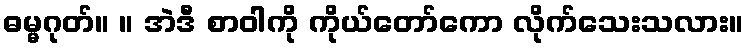
ဓမ္မဂုတ်။ ။ အဲဒီ စာဝါကို ကိုယ်တော်ကော လိုက်သေးသလား။